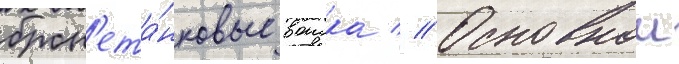
брон'ета́нковые воиска // Основнои